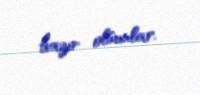
hazır olsunlar.